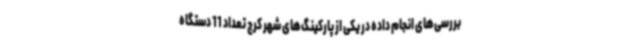
بررسی‌های انجام داده در یکی از پارکینگ‌های شهر کرج تعداد 11 دستگاه